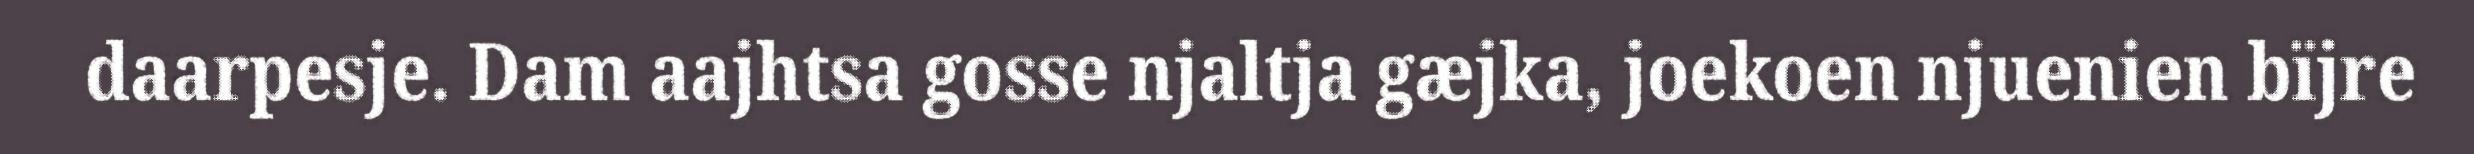
daarpesje. Dam aajhtsa gosse njaltja gæjka, joekoen njuenien bïjre